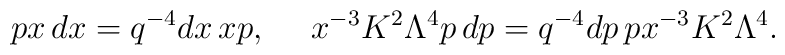
px\,dx=q^{-4}dx\,xp,\ \ \ \ x^{-3}K^2\Lambda^4p\,dp=q^{-4}dp\,px^{-3}K^2\Lambda^4.